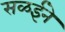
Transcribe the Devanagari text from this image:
सळईने